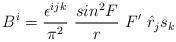
LaTeX: \begin{align*}B^i= \frac{\epsilon^{ijk}}{\pi^2}~\frac{sin^2F}{r}~F'~{\hat{r}}_j s_k\end{align*}